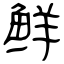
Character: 鲜